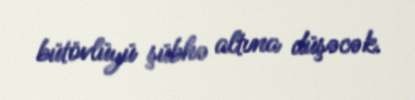
bütövlüyü şübhə altına düşəcək.